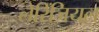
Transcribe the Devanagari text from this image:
लेरिंजियल